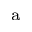
^ \mathrm { a }